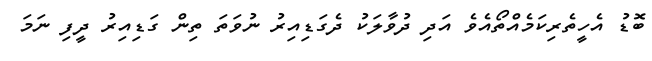
ބޮޑު އެހީތެރިކަމެއްތޯއެވެ އަދި ދުވާލަކު ދެގަޑިއިރު ނުވަތަ ތިން ގަޑިއިރު ދީފި ނަމަ